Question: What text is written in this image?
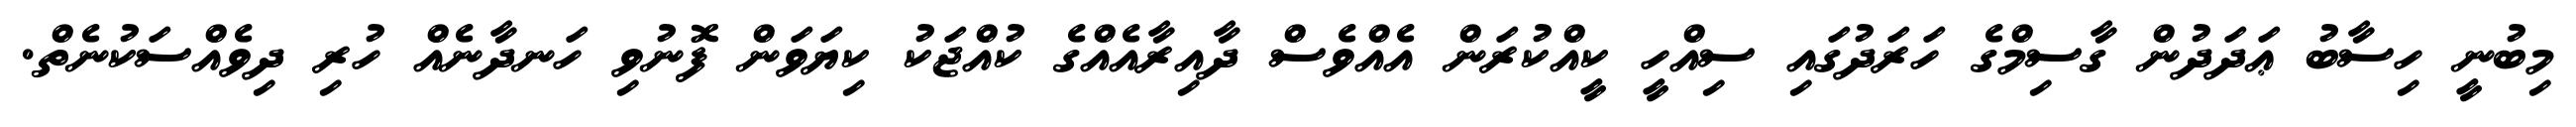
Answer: މިބުނީ ހިސާބު ޢަދަދުން ގާސިމްގެ ހަރަދުގައި ސިއްހީ ކީއްކުރަން އެއްވެސް ދާއިރާއެއްގެ ކުއްޖަކު ކިޔަވަން ފޮނުވި ހަނދާނެއް ހުރި ދިވެއްސަކުނެތް.